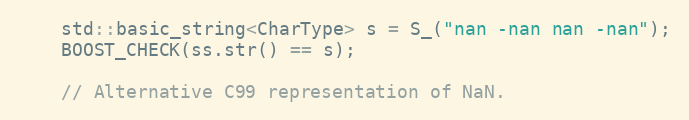
Language: C++
    std::basic_string<CharType> s = S_("nan -nan nan -nan");
    BOOST_CHECK(ss.str() == s);

    // Alternative C99 representation of NaN.